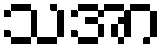
သအာ